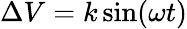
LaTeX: \Delta V=k\sin(\omega t)